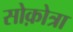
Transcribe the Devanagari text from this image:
सोक़ोत्रा